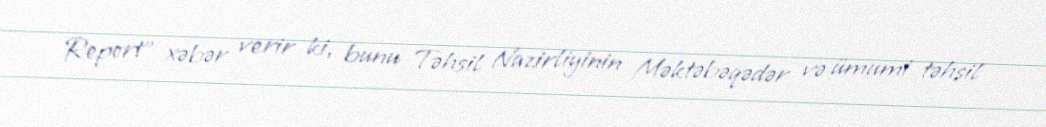
Report" xəbər verir ki, bunu Təhsil Nazirliyinin Məktəbəqədər və ümumi təhsil